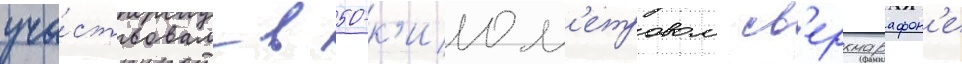
уча́ствовал в 50-к'илом'етровом св'ерхмарафон'е